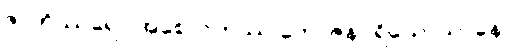
ဇာတိဿရော အစေလကဿ ဘောဇနပရိယောသာနေ